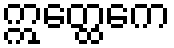
ဣတ္ထေကေ